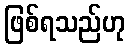
ဖြစ်ရသည်ဟု